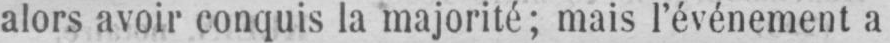
alors avoir conquis la majorité; mais l’événement a